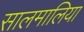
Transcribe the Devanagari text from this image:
सालमालिया